Report on sanitation, dispensaries, and jails in Rajputana for 1920, and on vaccination for the year 1920-1921 - 1920-1921
Year: 1920
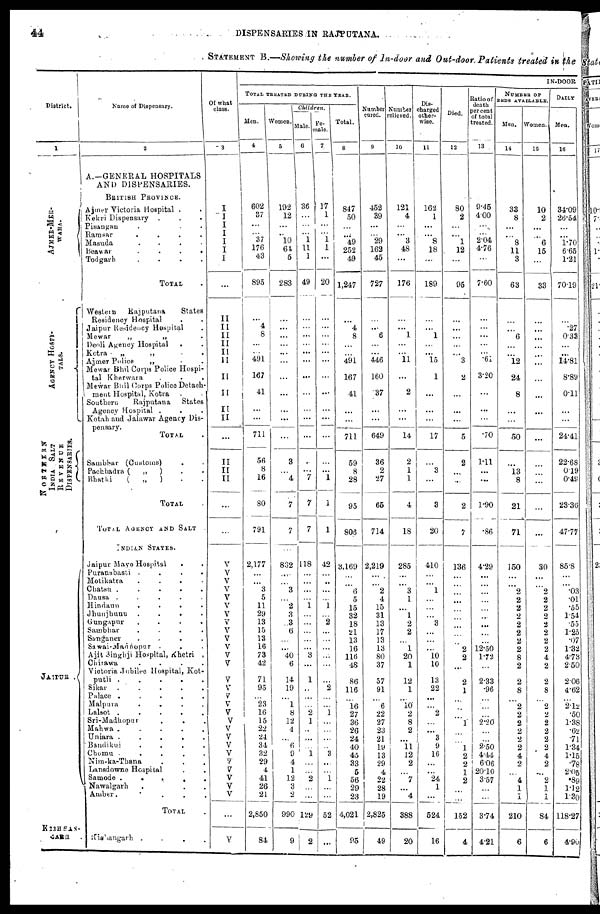
44
DISPENSARIES IN RAJPUTANA.
STATEMENT B.—Showing the number of In-door and Out-door. Patients treated in the
District.
1
AJMER-MER-
WARA.
AGENCY HOSPI-
----.
NORTHERN
INDIA SALT
REVENUE
DISPENSARIES
JAIPUR
KISHAN-
GARH
Name of Dispensary.
2
A.—GENERAL HOSPITALS
AND DISPENSARIES.
BRITISH PROVINCE.
Ajmer Victoria Hospital . .
Kekri Dispensary . . .
Pisangan . . . .
Ramsar
.
.
.
.
.
Masuda
.
.
.
.
.
Beawar
.
.
.
.
Todgarh . . . .
TOTAL .
Western
Rajputana
States
Residency Hospital . .
Jaipur Residency Hospital . .
Mewar
„
„ .
Deoli Agency Hospital . .
Kotra
„
„
.
.
Ajmer Police
„ . .
Mewar Bhil Corps Police Hospi-
tal Kherwara . .
Mewar Bhil Corps Police Detach-
ment Hospital, Kotra
Southern
Rajputana
States
Agency Hospital . . .
Kotah and Jalawar Agency Dis-
pensary .
TOTAL .
Sambhar (Customs) . .
Pachbadra (
„
) . .
Bhatki
(
„
) . .
TOTAL . .
TOTAL AGENCY AND SALT
INDIAN STATES.
Jaipur Mayo Hospital . .
Puranabasti
.
.
.
.
Motikatra . . . . .
Chatsu
.
.
.
.
.
Dausa . . . . .
Hindaun
.
.
.
.
Jhunjhunu . . . .
Gungapur
.
.
.
.
.
Sambhar . . . . .
Sanganer . . . .
Sawai-Madhopur . . .
Ajit Singhji Hospital, Khetri .
Chirawa
.
.
.
.
Victoria Jubilee Hospital, Kot-
putli . . . . .
Sikar . . . .
Palace
.
.
.
.
Malpura . . . . .
Lalsot
.
.
.
.
Sri-Madhopur . .
Mahwa . . . . .
Uniara . . . . .
Bandikui
.
.
.
.
Chomu . . . . .
Nim-ka-Thana . . .
Lansdowne Hospital . . .
Samode
.
.
.
.
Nawalgarh . . . .
Amber . . . . .
TOTAL .
Kishangarh . . . .
Of what
class.
3
I
I
I
I
I
I
I
...
II
II
II
II
II
II
II
II
II
II
...
II
II
II
...
...
V
V
V
V
V
V
V
V
V
V
V
V
V
V
V
V
V
V
V
V V
V
V
V
V
V
V
V
...
V
IN-DOOR
TOTAL TREATED DURING THE YEAR.
Men.
4
602
37
...
... 37
176
43
895
...
4
8
...
...
491
167
41
...
...
711
56
8
16
80
791
2,177
...
...
3
5
11
29
13
15
13
16
73
42
71
95
...
23
16
15
22
24
34
32
29
4
41
26
21
2,850
84
Women.
5
192
12
...
..
10
64
5
283
...
...
...
...
...
...
...
...
...
...
...
3
...
4
7
7
832
...
...
3
...
2
3
3
6
...
...
40
6
14
19
...
1
8
12
4
...
6
9
4
1
12
3
2
990
9
Children.
Male.
6
36
...
...
...
1
11
1
49
...
...
...
...
...
...
...
...
...
...
...
...
...
7
7
7
118
...
...
...
...
1
...
...
...
...
...
3
...
1
..
...
...
2
1
...
...
...
1
...
...
2
...
...
129
2
Fe-
male.
7
17
1
...
... 1
1
...
20
...
...
...
...
...
...
...
...
...
...
...
...
...
1
1
1
42
...
...
...
...
1
...
2
...
...
...
...
...
...
2
...
...
1
...
...
...
...
3
...
...
1
...
...
52
...
Total.
8
847
50
...
...
49
252
49
1,247
...
4
8
...
...
491
167
41
...
...
711
59
8
28
95
806
3,169
...
...
6
5
15
32
18
21
13
16
116
48
86
116
...
16
27
36
26
24
40
45
33
5
56
29
23
4,021
95
Number
cured.
9
452
39
...
... 29
162
45
727
...
...
6
...
...
446
160
37
...
...
649
36
2
27
65
714
2,219
...
...
2
4
15
31
13
17
13
13
80
37
57
91
...
6
22
27
23
21
19
13
29
4
22
28
19
2,825
49
Number
relieved.
10
121
4
...
... 3
48
...
176
...
...
1
...
...
11
...
2
...
...
14
2
1
1
4
18
285
...
...
3
1
...
1
2
2
...
1
20
1
12
1
...
10
2
8
2
...
11
12
2
...
7
...
4
388
20
Dis-
charged
other-
wise.
11
162
1
...
... 8
18
...
189
...
...
1
...
...
15
1
...
...
...
17
...
3
...
3
20
410
...
...
1
...
...
...
3
...
...
...
10
10
13
22
...
...
2
...
...
3
9
16
...
...
24
1
...
524
16
Died.
12
80
2
...
...
1
12
...
95
...
...
...
...
...
3
2
...
...
...
5
2
...
...
2
7
136
...
...
...
...
...
...
...
...
...
2
2
...
2
1
...
...
...
1
...
...
1
2
2
1
2
...
...
152
4
Ratio of
death
percent
of total
treated.
13
9.45
4.00
...
...
2.04
4.76
...
7.60
...
...
...
...
...
.61
3.20
...
...
...
.70
1.11
...
...
1.90
.86
4.29
...
...
...
...
...
...
...
...
...
12.50
1.72
...
2.33
.96
...
...
...
2.20
...
...
2.50
4.44
6.06
20.10
3.57
...
...
3.74
4.21
NUMBER OF
BEDS AVAILABLE.
Men.
14
33
8
...
...
8
11
3
63
...
...
6
...
...
12
24
8
...
...
50
...
13
8
21
71
150
...
...
2
2
2
2
2
2
2
2
8
2
2
8
...
2
2
2
2
2
2
4
2
...
4
1
1
210
6
Women.
15
10
2
...
...
6
15
...
33
...
...
...
...
...
...
...
...
...
...
...
...
...
...
...
...
30
...
...
2
2
2
2
2
2
2
2
4
2
2
8
...
2
2
2
2
2
2
4
2
...
2
1
1
84
6
DAILY
Men.
16
34.09
26.54
...
...
1.70
6.65
1.21
70.19
...
.27
0.33
...
...
14.81
8.89
0.11
...
...
24.41
22.68
0.19
0.49
23.36
47.77
85.8
...
...
.03
.01
.55
1.54
.55
1.25
.07
1.32
4.73
2.50
2.06
4.62
...
2.12
.50
1.38
.62
.71
1.34
1.15
.78
2.05
.89
1.12
1.30
118.27
4.90